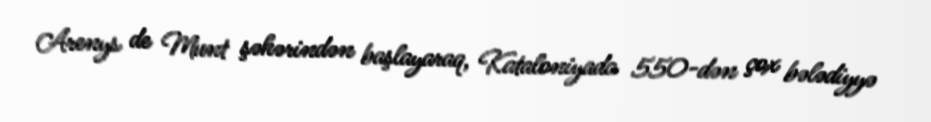
Arenys de Munt şəhərindən başlayaraq, Kataloniyada 550-dən çox bələdiyyə